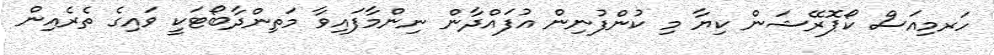
ހަރމިއަސް ކޯޕޮރޭޝަން ކިޔާ މި ކުންފުނިން އުފައްދާން ނިންމާފައިވާ މަތިންދާބޯޓަކީ ވައިގެ ތެރެއިން